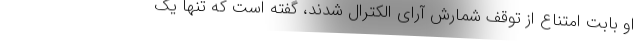
او بابت امتناع از توقف شمارش آرای الکترال شدند، گفته است که تنها یک